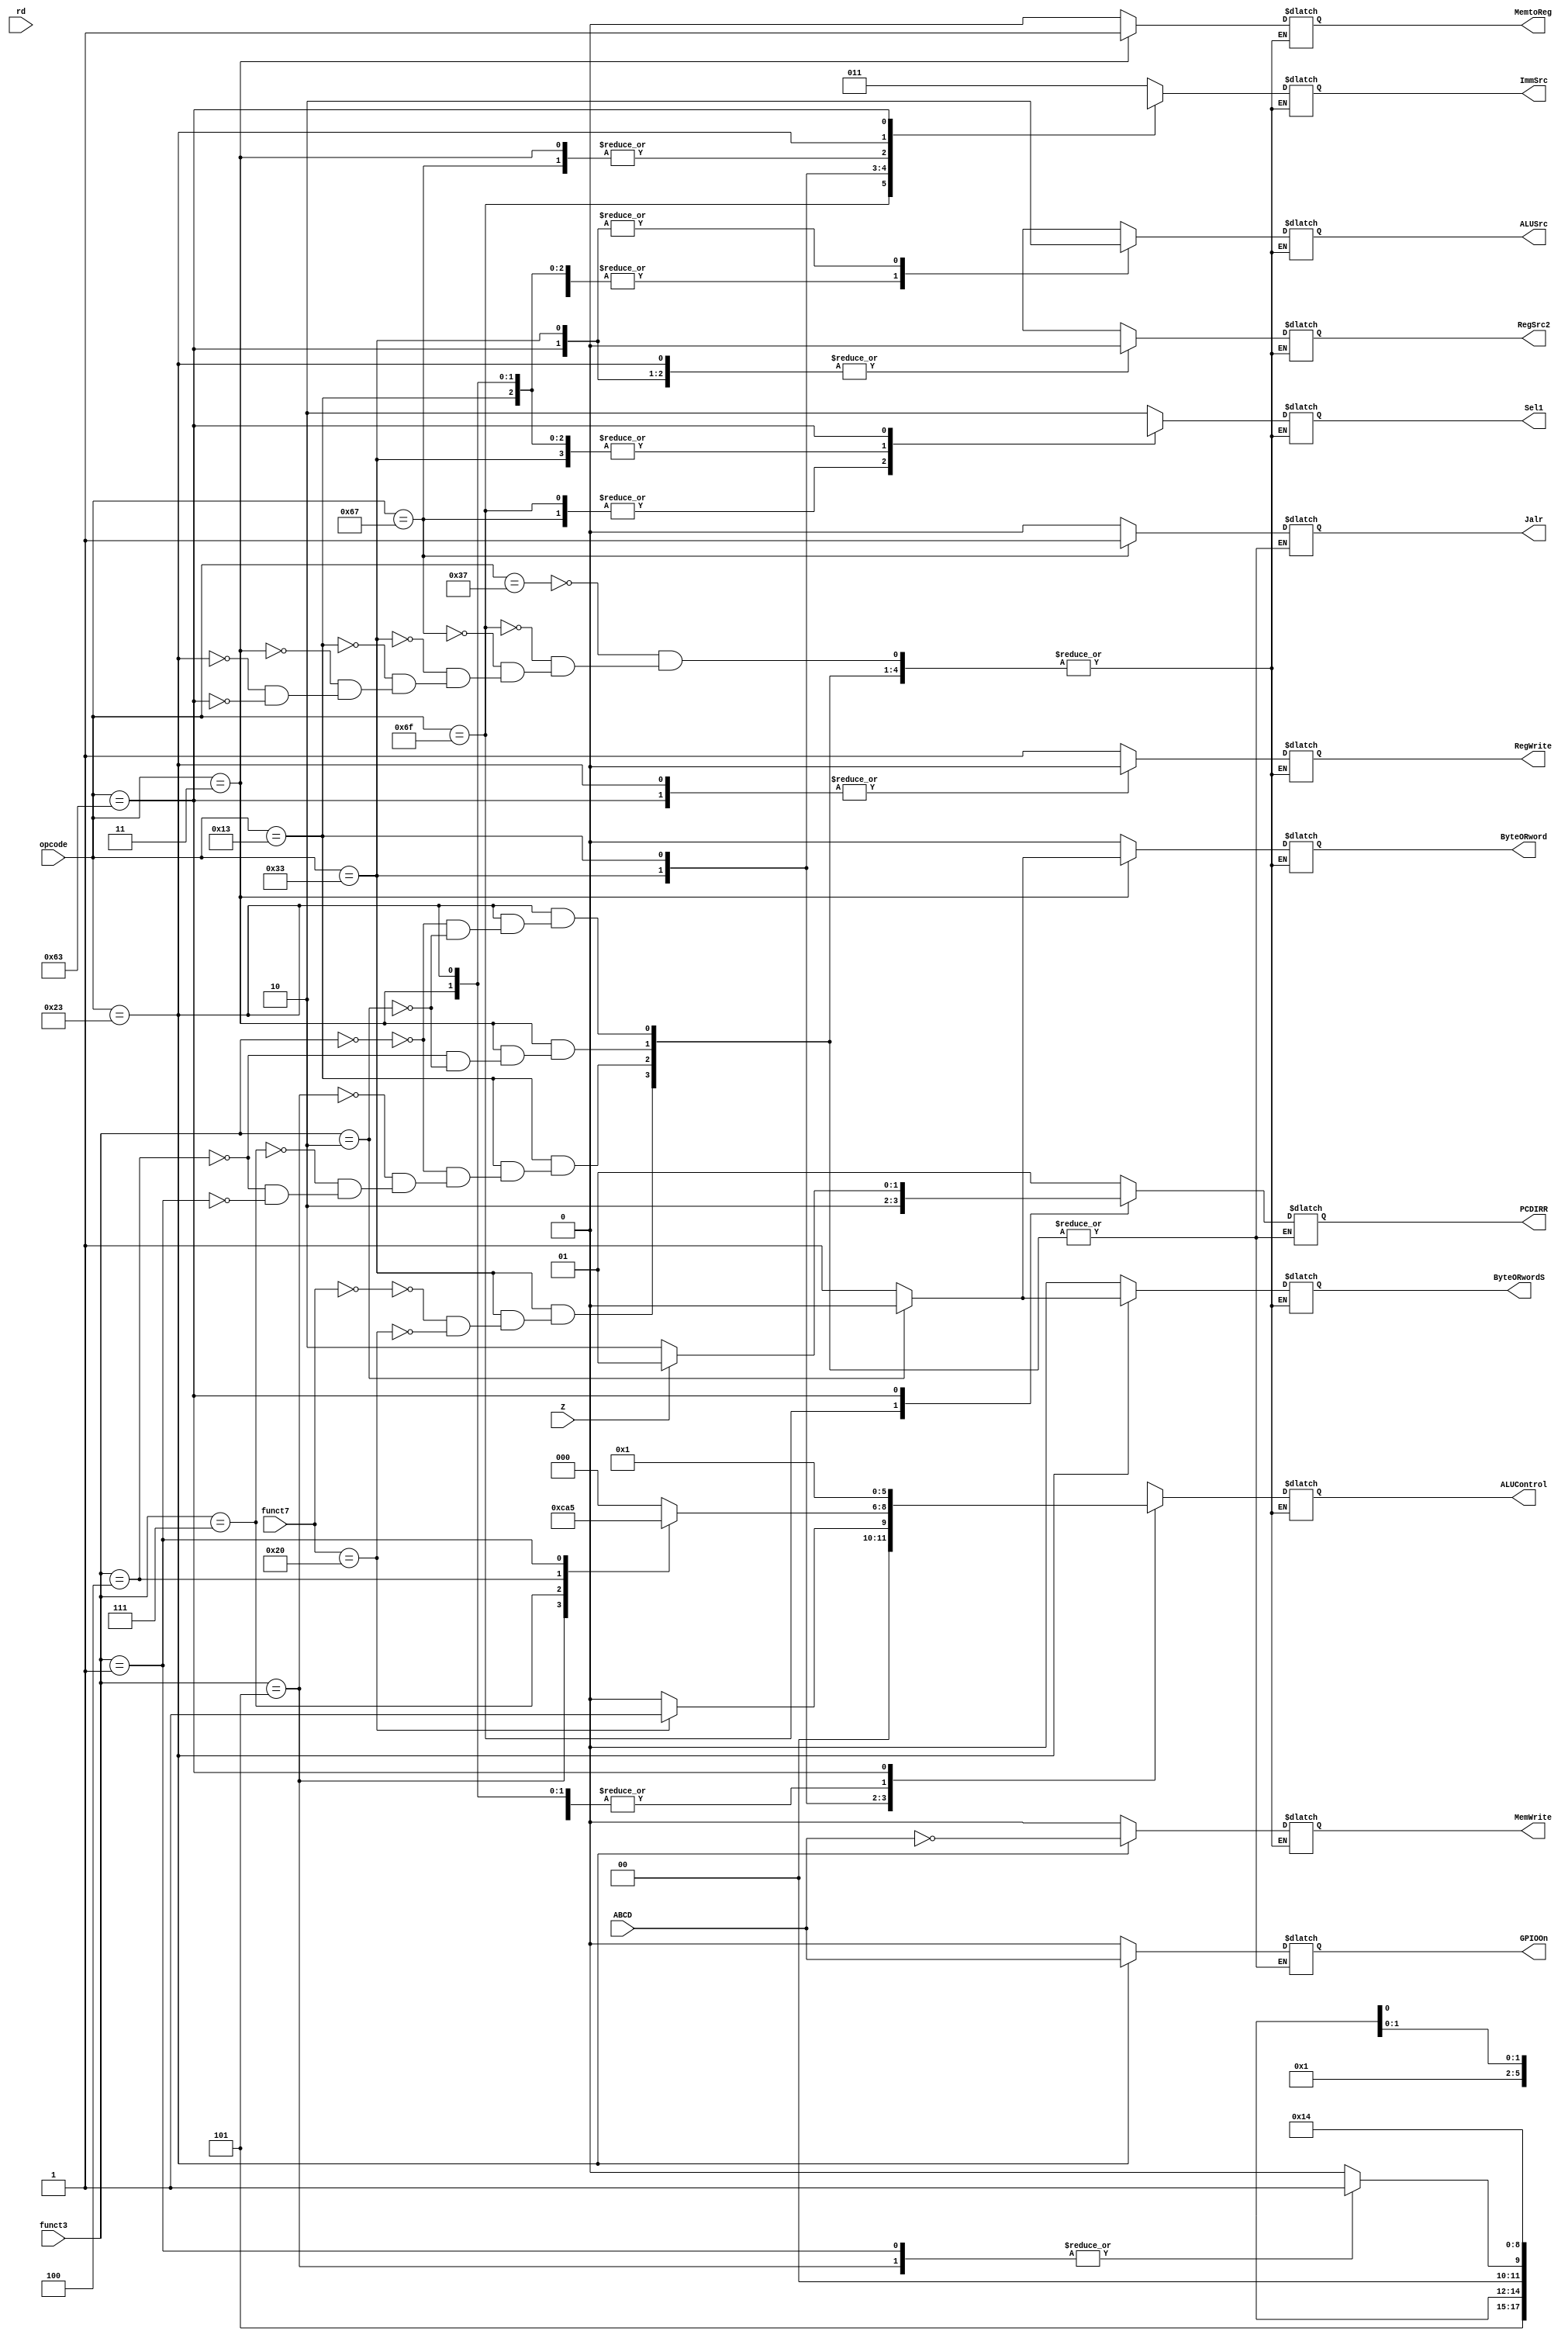
`timescale 1ns / 1ps
// La funcin de este mdulo es asignar valores a distintas seales
// de control en funcin de la instruccin que se est ejecutando
// actualmente y de las banderas de la ALU.

// Entradas: opcode: Indica el tipo de instruccin a ejecutar
//           funct7: Utilizado en caso de operaciones tipo R
//           funct3: Utilizado en caso de operaciones tipo R
//           rd: Registro de destino
//           Z: Bandera de control, es 1 cuando Output=0
//           ABCD: Bandera de control, es 1 cuando Output=0xABCD
// Salidas:  PCDIRR: Selector de mux, decide qu se le suma a PCOut
//           Sel1: Selector de mux, decide qu se le escribe a Register File
//           RegSrc2: Selector de mux, decide qu registro se lee en Register File
//           RegWrite: Habilita la escritura de RegisterFile
//           MemWrite: Habilita la escritura de DataMemory
//           MemtoReg: Selector de mux, decide si se toma el valor
//                     ledo de memoria o el resultado de la ALU
//           ByteORword: Es 1 si se va a leer un byte, si no se lee una palabra
//           ByteORwordS: Es 1 si se va a escribir un byte, si no se escribe una palabra
//           ALUSrc: Selector de mux, decide si se toma el valor del
//                   extensor de signo o del Register File para el
//                   operando B de la ALU
//           Jalr: Selector de mux, decide si se sobreescribe el valor de PC con
//                 la salida de la ALU o DataMemory
//           GPIOOn: Habilita la escritura en la GPIO
//           ImmSrc: Selecciona el tipo de manejo que se le va a dar al inmediato
//                   de la instruccin
//           ALUControl: Selecciona la operacin a realizar en la ALU

// Se introdujo este mdulo para calcular todas las seales de control
// necesarias para el funcionamiento adecuado de los diferentes dispositivos
// y as ejecutar las instrucciones.

module UC ( 

input [6:0]opcode,
input [31:25] funct7,   //en caso de operaciones tipo R
input [14:12] funct3,   //en caso de operaciones tipo R
input [4:0] rd,         //registro de destino
input Z, ABCD, //bandera que entra de la ALU
output reg [1:0] PCDIRR,
output reg [1:0] Sel1,
output reg RegSrc2, RegWrite, MemWrite, MemtoReg, ByteORword, ByteORwordS,ALUSrc, Jalr, GPIOOn,
output reg [2:0] ImmSrc,ALUControl

);

always @* begin
    case (opcode)
    
        7'b0110111: //opcode para instruccin tipo U
                begin
                
                // se hace para la instruccin lui y para la instruccin li que
                // es una instruccin lui pero se le suma 1 al inmediato
                
                    PCDIRR = 2'b01;
                    RegSrc2 = 1'bX;
                    Sel1 = 2'b10;
                    RegWrite = 1'b1;
                    ImmSrc = 3'b011;
                    ALUSrc = 1'bX;
                    ALUControl = 3'bXXX;
                    MemWrite = 1'b0;
                    MemtoReg = 1'bX;
                    ByteORword = 1'b0;
                    ByteORwordS = 1'b0;
                    Jalr = 1'b0;
                    GPIOOn = 0;
                
               
                end
                
         7'b1101111: //opcode para instruccin tipo J
         
                begin
                
                //tambin se tiene la variante de j
                //j es un jal (jal x0,imm)
                //se usa para isntrucciones tipo jal 
                
                if (rd==5'b00000)//se tiene una operacin j
                
                    begin
                    
                    PCDIRR = 2'b10;
                    RegSrc2 = 1'bX;
                    Sel1 = 2'b00;
                    RegWrite = 1'b1;
                    ImmSrc = 3'b101;
                    ALUSrc = 1'bX;
                    ALUControl = 3'bXXX;
                    MemWrite = 1'b0;
                    MemtoReg = 1'b0;
                    ByteORword = 1'b0;
                    ByteORwordS = 1'b0;
                    Jalr = 1'b0;
                    GPIOOn = 0;
                    
                    end
                
                else //instruccin jal normal
                    begin
                    
                    PCDIRR = 2'b10;
                    RegSrc2 = 1'bX;
                    Sel1 = 2'b00;
                    RegWrite = 1'b1;
                    ImmSrc = 3'b101;
                    ALUSrc = 1'bX;
                    ALUControl = 3'bXXX;
                    MemWrite = 1'b0;
                    MemtoReg = 1'b0;
                    ByteORword = 1'b0;
                    ByteORwordS = 1'b0;
                    Jalr = 1'b0;
                    GPIOOn = 0;
                    
                    end
               
                end
                
        7'b1100111: //para la instruccin jalr 
        
        
            begin
            
                PCDIRR = 2'bXX;
                RegSrc2 = 1'bX;
                Sel1 = 2'b00;
                RegWrite = 1'b1;
                ImmSrc = 3'b000;
                ALUSrc = 1'b1;
                ALUControl = 3'b000; //SUMA
                MemWrite = 1'b0;
                MemtoReg = 1'b0;
                ByteORword = 1'b0;
                ByteORwordS = 1'b0;
                Jalr = 1'b1;
                GPIOOn = 0;
            
            
            end
                
        7'b0110011: //opcode para instruccin tipo R
                begin
                
                //se tienen en las instrucciones tipo R a add y sub
                case(funct7) //el funct3 identifica la instruccin
                
                    7'b0000000://caso para add
                        begin
                           
                            PCDIRR = 2'b01;
                            RegSrc2 = 1'b0;
                            Sel1 = 2'b01;
                            RegWrite = 1'b1;
                            ImmSrc = 3'bXXX;
                            ALUSrc = 1'b0;
                            ALUControl = 3'b000;//SUMA;
                            MemWrite = 1'b0;
                            MemtoReg = 1'b0;
                            ByteORword = 1'b0;
                            ByteORwordS = 1'b0;
                            Jalr = 1'b0;
                            GPIOOn = 0;
                            
                           
                        end
                        
                    7'b0100000: //caso para sub
                        begin
                        
                            PCDIRR = 2'b01;
                            RegSrc2 = 1'b0;
                            Sel1 = 2'b01;
                            RegWrite = 1'b1;
                            ImmSrc = 3'bXXX;
                            ALUSrc = 1'b0;
                            ALUControl = 3'b001;//RESTA;
                            MemWrite = 1'b0;
                            MemtoReg = 1'b0;
                            ByteORword = 1'b0;
                            ByteORwordS = 1'b0;
                            Jalr = 1'b0;
                            GPIOOn = 0;
                            
                            
                        end
                
                endcase
                end
                
        7'b0010011: //opcode para instruccin tipo I
        
                begin
                
                //Se tienen las intrucciones addi, lw, srai, andi, xori, slli y lbu 
                //que son instrucciones de tipo I, el funct3 ayuda a identificar 
                //instruccin es
                
                case(funct3)
                
                3'b000: //Instruccin addi y variante de la addi, mv
                //se tiene la variante de mv
                begin 
                
                //caso para un addi 
                
    
                 PCDIRR = 2'b01;
                 RegSrc2 = 1'bX;
                 Sel1 = 2'b01;
                 RegWrite = 1'b1;
                 ImmSrc = 3'b000;
                 ALUSrc = 1'b1;
                 ALUControl = 3'b000;//SUMA
                 MemWrite = 1'b0;
                 MemtoReg = 1'b0;
                 ByteORword = 1'b0;
                 ByteORwordS = 1'b0;
                 Jalr = 1'b0;
                 GPIOOn = 0;
                            
                
                end
                
                
                3'b101: //Instruccin srai
                
                begin
                            PCDIRR = 2'b01;
                            RegSrc2 = 1'bX;
                            Sel1 = 2'b01;
                            RegWrite = 1'b1;
                            ImmSrc = 3'b001;
                            ALUSrc = 1'b1;
                            ALUControl = 3'b110; //SHIFT DER;
                            MemWrite = 1'b0;
                            MemtoReg = 1'b0;
                            ByteORword = 1'b0;
                            ByteORwordS = 1'b0;
                            Jalr = 1'b0;
                            GPIOOn = 0;
                            
                
                end
                
                3'b111: //Instruccin andi
                
                begin
                            PCDIRR = 2'b01;
                            RegSrc2 = 1'bX;
                            Sel1 = 2'b01;
                            RegWrite = 1'b1;
                            ImmSrc = 3'b000;
                            ALUSrc = 1'b1;
                            ALUControl = 3'b010; //AND;
                            MemWrite = 1'b0;
                            MemtoReg = 1'b0;
                            ByteORword = 1'b0;
                            ByteORwordS = 1'b0;
                            Jalr = 1'b0;
                            GPIOOn = 0;
                            
                
                end
                
                3'b100: //Instruccin xori
                
                begin
                            PCDIRR = 2'b01;
                            RegSrc2 = 1'bX;
                            Sel1 = 2'b01;
                            RegWrite = 1'b1;
                            ImmSrc = 3'b000;
                            ALUSrc = 1'b1;
                            ALUControl = 3'b100;//XOR;
                            MemWrite = 1'b0;
                            MemtoReg = 1'b0;
                            ByteORword = 1'b0;
                            ByteORwordS = 1'b0;
                            Jalr = 1'b0;
                            GPIOOn = 0;
                            
                
                end
                
                3'b001: //Instruccin slli
                
                begin
                            PCDIRR = 2'b01;
                            RegSrc2 = 1'bX;
                            Sel1 = 2'b01;
                            RegWrite = 1'b1;
                            ImmSrc = 3'b001;
                            ALUSrc = 1'b1;
                            ALUControl = 3'b101; //SHIFT IZQ;
                            MemWrite = 1'b0;
                            MemtoReg = 1'b0;
                            ByteORword = 1'b0;
                            ByteORwordS = 1'b0;
                            Jalr = 1'b0;
                            GPIOOn = 0;
                            
                
                end
                
                endcase
                
              
                end
         
         7'b0000011: //opcode para instruccin tipo LOAD
         
                begin
                
                //se tienen las instrucciones lbu,lw
                case(funct3)
                
                3'b100://caso para lbu
                begin
                     PCDIRR = 2'b01;
                     RegSrc2 = 1'bX;
                     Sel1 = 2'b01;
                     RegWrite = 1'b1;
                     ImmSrc = 3'b000;
                     ALUSrc = 1'b1;
                     ALUControl = 3'b000;//SUMA; 
                     MemWrite = 1'b0;
                     MemtoReg = 1'b1;
                     ByteORword = 1'b1;
                     ByteORwordS = 1'b0;
                     Jalr = 1'b0;
                     GPIOOn = 0;
                       
                     
                end
                
                3'b010://caso para lw
                begin
                     PCDIRR = 2'b01;
                     RegSrc2 = 1'bX;
                     Sel1 = 2'b01;
                     RegWrite = 1'b1;
                     ImmSrc = 3'b000;
                     ALUSrc = 1'b1;
                     ALUControl = 3'b000; //SUMA;
                     MemWrite = 1'b0;
                     MemtoReg = 1'b1;
                     ByteORword = 1'b0;
                     ByteORwordS = 1'b0;
                     Jalr = 1'b0;
                     GPIOOn = 0;
                        
                     
                end
                
                endcase
                end    
                   
         7'b0100011: //opcode para instruccin tipo S
                begin
                
                
                //se tienen las instrucciones sb y sw
                case(funct3)
                
                3'b000:
                
                     begin //caso para sb
               
                     PCDIRR = 2'b01;
                     RegSrc2 = 1'b0;
                     Sel1 = 2'bXX;
                     RegWrite = 1'b0;
                     ImmSrc = 3'b010;
                     ALUSrc = 1'b1;
                     ALUControl = 3'b000; //SUMA;
                     MemWrite = ~ABCD;
                     MemtoReg = 1'bX;
                     ByteORword = 1'b0;
                     ByteORwordS = 1'b1;
                     Jalr = 1'b0;
                     GPIOOn = ABCD;
                     
                
                end
                
                3'b010: 
                begin //caso para sw
                
                     PCDIRR = 2'b01;
                     RegSrc2 = 1'b0;
                     Sel1 = 2'b01;
                     RegWrite = 1'b0;
                     ImmSrc = 3'b010;
                     ALUSrc = 1'b1;
                     ALUControl = 3'b000; //SUMA;
                     MemWrite = ~ABCD;
                     MemtoReg = 1'b0;
                     ByteORword = 1'b0;
                     ByteORwordS = 1'b0;
                     Jalr = 1'b0;
                     GPIOOn = ABCD;
                     
                
                end
                endcase
         
                
                
                end
                
          7'b1100011: //opcode para instruccin tipo B
                begin
                
                //la instruccin tipo B que se necesita es la operacin BNE
                //el compare se realiza 
                if (Z==0) //se realiza el branch
                
                    begin
                
                        PCDIRR = 2'b10;
                        RegSrc2 = 1'b0;
                        Sel1 = 2'bXX;
                        RegWrite = 1'b0;
                        ImmSrc = 3'b100;
                        ALUSrc = 1'b0;
                        ALUControl = 3'b001; //RESTA
                        MemWrite = 1'b0;
                        MemtoReg = 1'b0;
                        ByteORword = 1'b0;
                        ByteORwordS = 1'b0;
                        Jalr = 1'b0;
                        GPIOOn = 0;
                    
                    end
                
                else begin
                
                //seales de control para cuando rs1 si es igual a rs2
                //es decir, no se realiza el branch
                
                        PCDIRR = 2'b01;
                        RegSrc2 = 1'b0;
                        Sel1 = 2'bXX;
                        RegWrite = 1'b0;
                        ImmSrc = 3'b100;
                        ALUSrc = 1'b0;
                        ALUControl = 3'b001; //RESTA
                        MemWrite = 1'b0;
                        MemtoReg = 1'b0;
                        ByteORword = 1'b0;
                        ByteORwordS = 1'b0;
                        Jalr = 1'b0;
                        GPIOOn = 0;
                        
                end
                
                end
          default:
          begin
                PCDIRR = 2'b01;
                Jalr = 1'b0;
                GPIOOn = 0;
          end
         
    endcase 
    
    end
endmodule